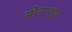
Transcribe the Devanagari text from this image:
स्रोतामधून